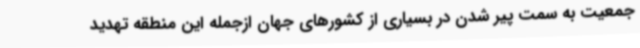
جمعیت به سمت پیر شدن در بسیاری از کشورهای جهان ازجمله این منطقه تهدید